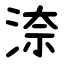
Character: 㴎